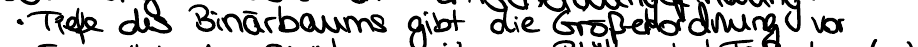
Tiefe des Binärbaums gibt die Größenordnung vor